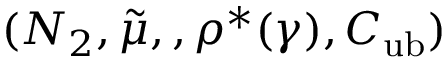
( N _ { 2 } , \tilde { \mu } , , \rho ^ { * } ( \gamma ) , C _ { \mathrm { u b } } )